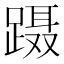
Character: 蹑